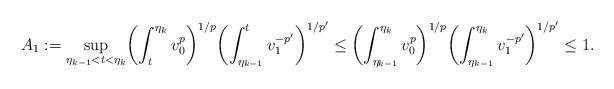
LaTeX: \begin{align*}A_{1}:=\sup_{\eta_{k-1}<t<\eta_k}\biggl(\int_t^{\eta_k} v_0^{p}\biggr)^{1/p}\biggl(\int_{\eta_{k-1}}^t v_1^{-p'}\biggr)^{1/p'}\le\biggl(\int_{\eta_{k-1}}^{\eta_k} v_0^{p}\biggr)^{1/p}\biggl(\int_{\eta_{k-1}}^{\eta_{k}} v_1^{-p'}\biggr)^{1/p'}\le 1.\end{align*}